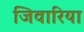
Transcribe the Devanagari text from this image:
जिवारिया